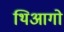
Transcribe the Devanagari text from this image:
थिआगो